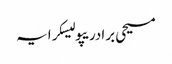
مسیحی برادریپولیسکرایہ